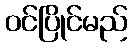
ဝင်ပြိုင်မည်